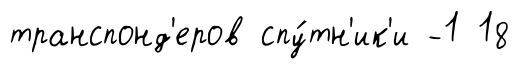
транспонд'еров спу́тн'ик'и -1 18